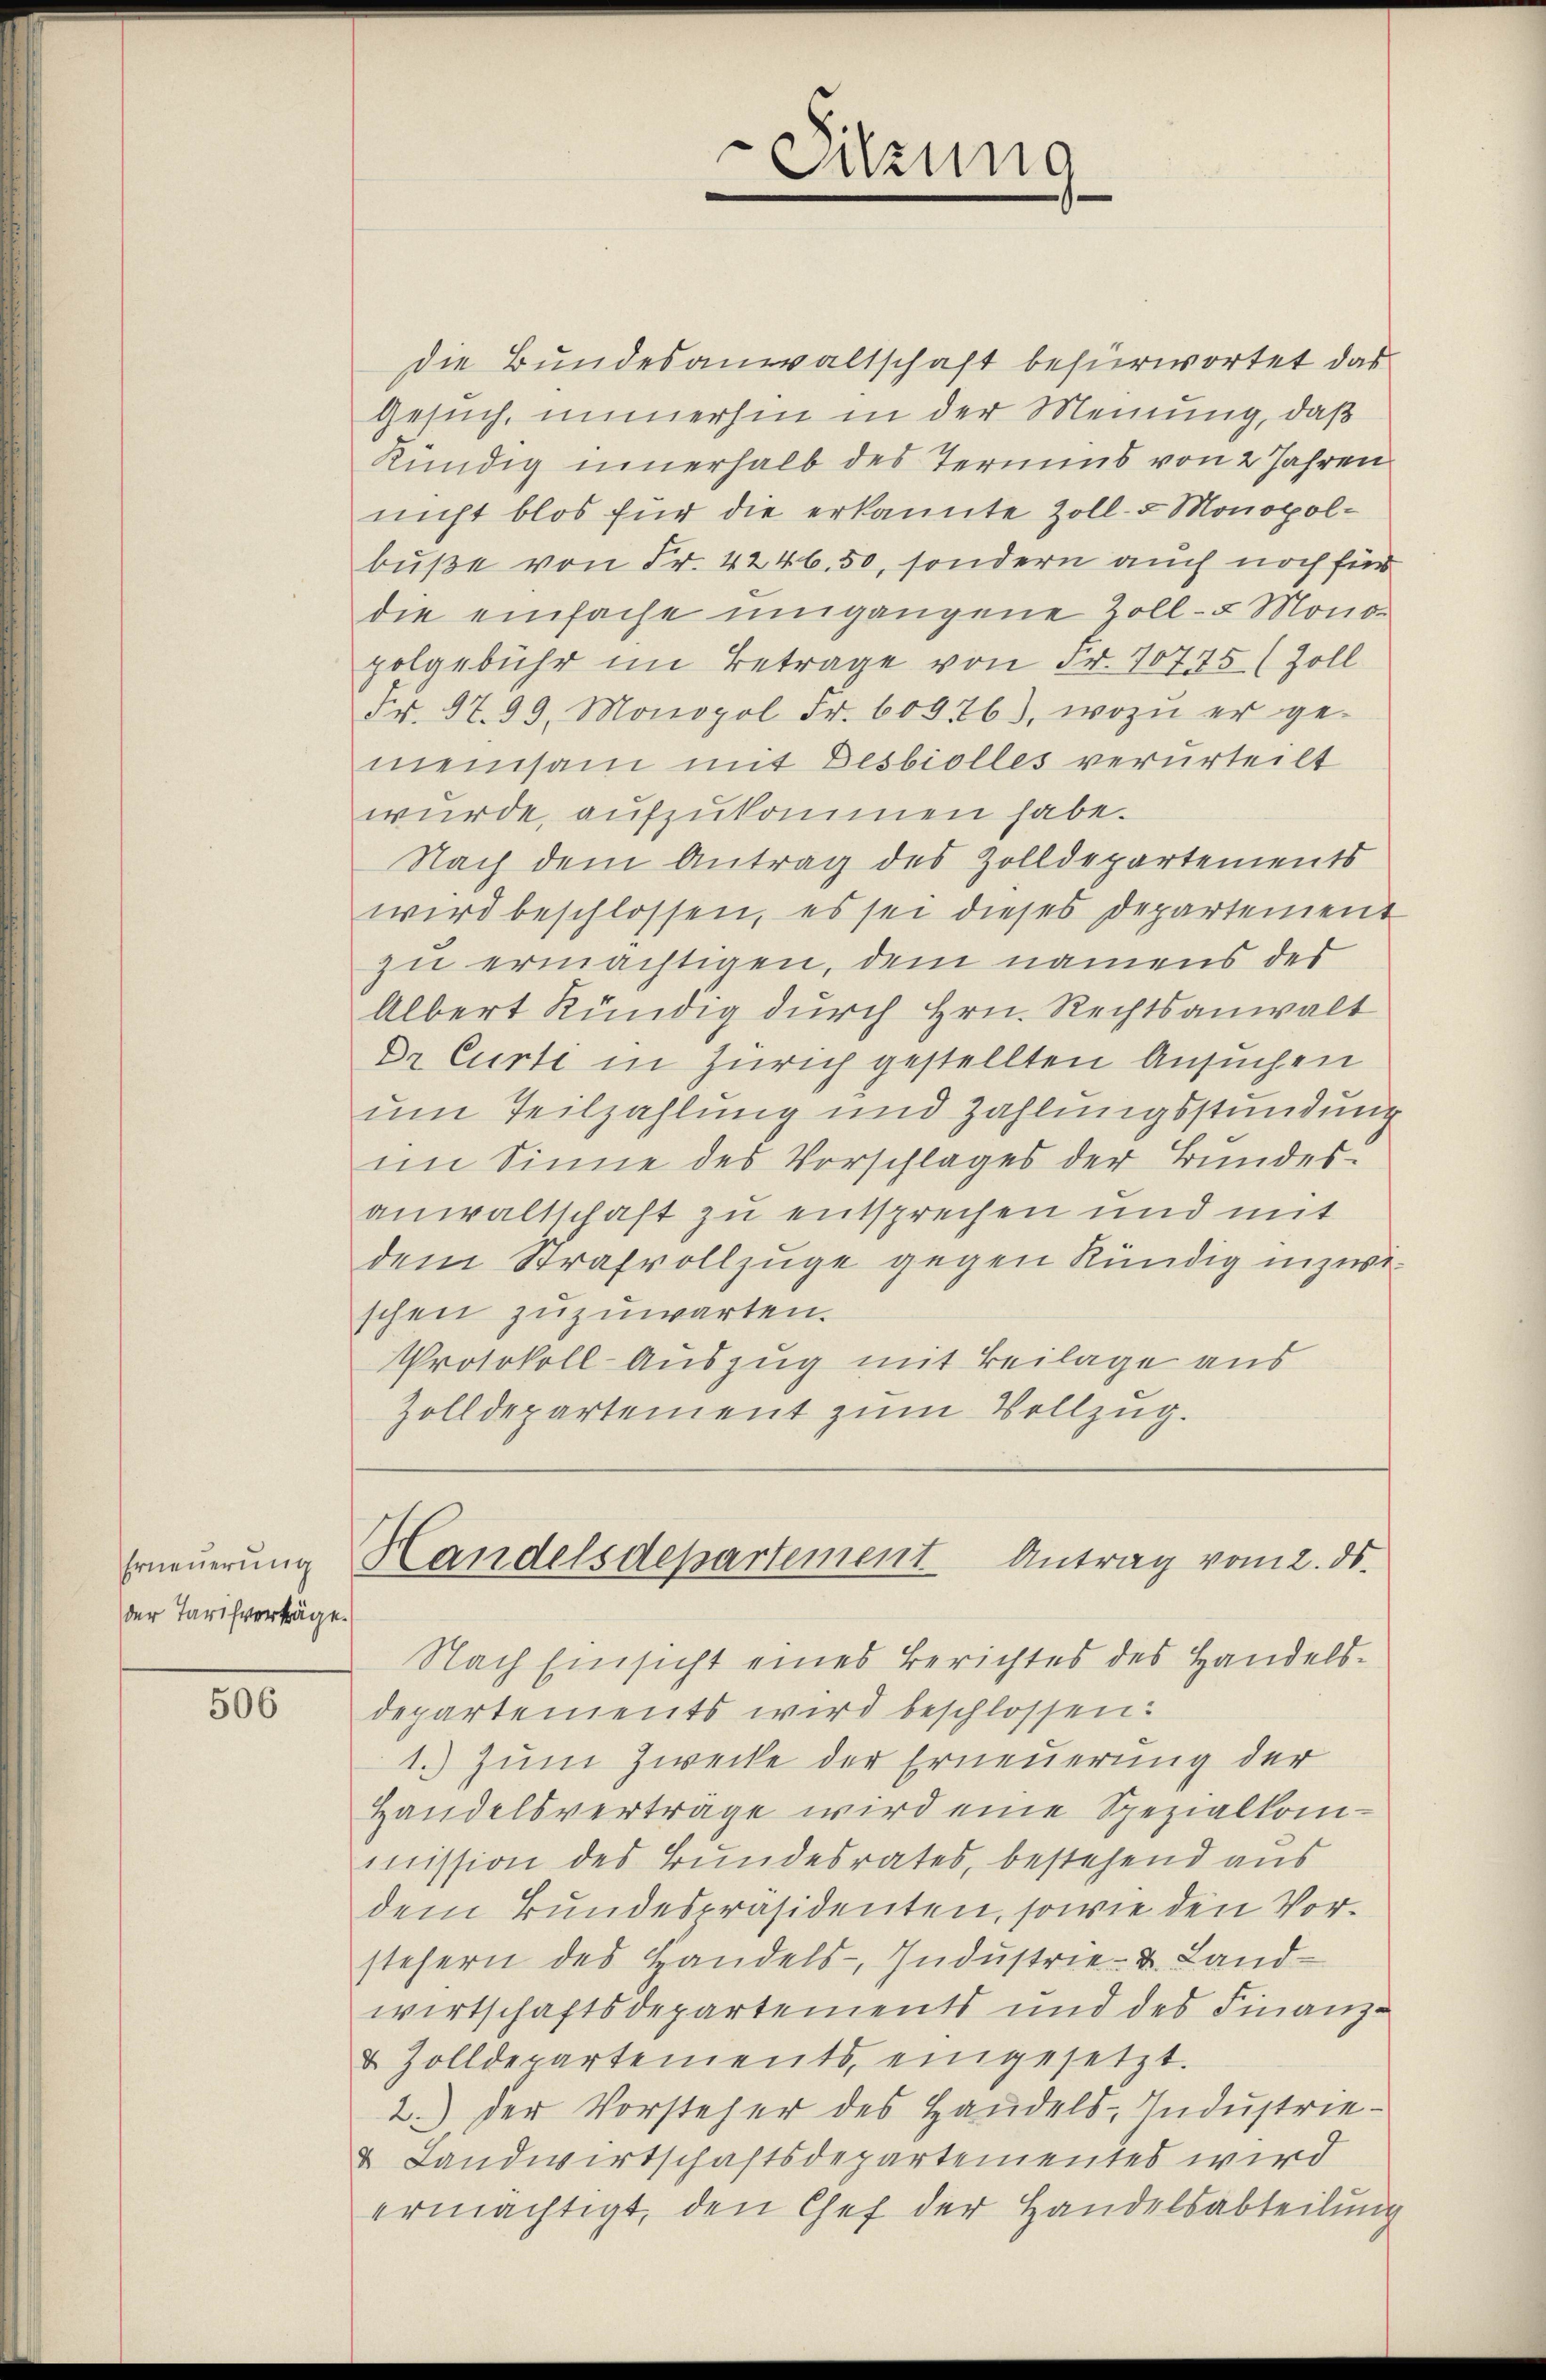
Erneŭerŭng
der Tarifverträge.

506

Die Bundesanwaltschaft befürwortet das
Gesuch, immerhin in der Meinung, daß
kündig innerhalb des Termins von 2 Jahren
nicht blos für die erkannte Zoll- 5 Monopolbuße von Fr. 4246. 50, sondern auch noch für
die einfache umgangene Zoll- u Mono-
polgebühr im Betrage von Fr. 10775 (Zoll
Fr. 97. 99. Monopol Fr. 60076), wozu er ge-
meinsam mit Desbiolles verurteilt
wurde, aufzukommen habe.
Nach dem Antrag des Zolldepartements
wird beschlossen, es sei dieses Departement
zu ermächtigen, dem namens des
Albert Kündig durch Hrn. Rechtsanwalt
Dr Curte in Zürich gestellten Ansuchen
um Teilzahlung und Zahlungsstundung
im Sinne des Vorschlages der Bundes-
anwaltschaft zu entsprechen und mit
dem Strafvollzüge gegen kündig inzwischen zuzuwarten.
Protokoll Auszug mit Beilage aus
Zolldepartement zum Vollzug.

Handelsdepartement Antrag vom 2. ds.

Nach Einsicht eines Berichtes des Handelsdepartements wird beschlossen:
1.) Zum Zwecke der Erneuerung der
Handelsverträge wird eine Spezialkommission des Bundesrates, bestehend aus
dem Bundespräsidenten, sowie den Vorstehern des Handels- Industrie- u. Land-
wirtschaftsdepartements und des Finanz-
& Zolldepartements, eingesetzt.
2.) Der Vorsteher des Handels-Industrie-
& Landwirtschaftsdepartementes wird
ermächtigt, den Chef der Handelsabteilung

Sitzung